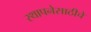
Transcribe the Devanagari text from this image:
स्थापनेसाठीचे